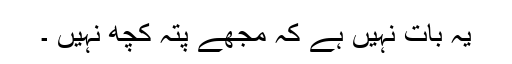
یہ بات نہیں ہے کہ مجھے پتہ کچھ نہیں ۔